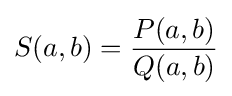
S(a,b)={\frac {P(a,b)}{Q(a,b)}}